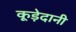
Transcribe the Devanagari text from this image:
कूड़ेदानी